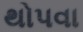
થોપવા